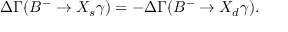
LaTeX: \Delta \Gamma ( B ^ { - } \to X _ { s } \gamma ) = - \Delta \Gamma ( B ^ { - } \to X _ { d } \gamma ) .